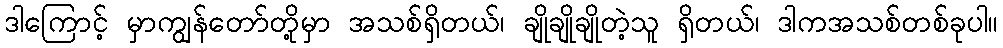
ဒါကြောင့် မှာကျွန်တော်တို့မှာ အသစ်ရှိတယ်၊ ချိုချိုချိုတဲ့သူ ရှိတယ်၊ ဒါကအသစ်တစ်ခုပါ။